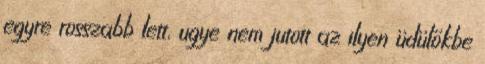
egyre rosszabb lett, ugye nem jutott az ilyen üdülőkbe